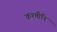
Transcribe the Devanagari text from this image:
कश्मीरि